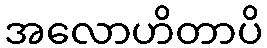
အလောဟိတာပိ